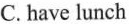
C.have lunch